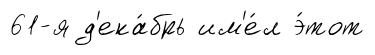
61-я д'ека́брь им'е́л э́тот